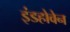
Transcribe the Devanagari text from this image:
इंडहोवेन